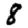
Digit: 8